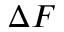
\Delta F